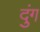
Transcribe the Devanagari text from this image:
दुंग